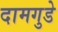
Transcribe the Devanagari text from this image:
दामगुडे